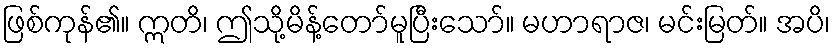
ဖြစ်ကုန်၏။ ဣတိ၊ ဤသို့မိန့်တော်မူပြီးသော်။ မဟာရာဇ၊ မင်းမြတ်။ အပိ၊